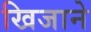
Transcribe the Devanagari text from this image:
खिजाने